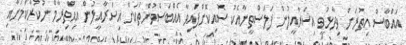
އައްބާސް އިތުރަށް ވިދާޅުވީ އިސްރާއީލުން ފަލަސްތީނާއެކު ސޮއިކޮށްފައިވާ އެއްބަސްވުންތަކަށް އިސްރާއީލުން އިޙްތިރާމް ނުކުރާކަމަށާއި